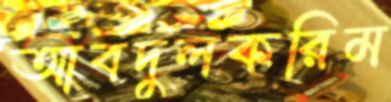
আবদুলকরিম